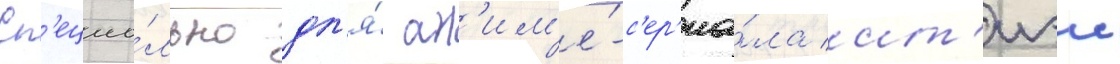
Сп'ециа́льно дл'я́ ан'им'е́-с'ер'иа́ла ит'иэи